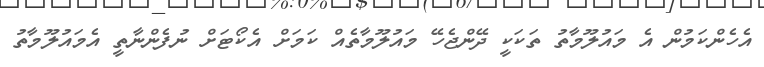
އެހެންކަމުން އެ މައުލޫމާތު ތަކަކީ ދޭންޖެހޭ މައުލޫމާތެއް ކަމަށް އެކޯޓަށް ނުފެންނާތީ އެމައުލޫމާތު